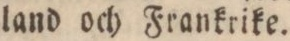
land och Frankrike.